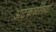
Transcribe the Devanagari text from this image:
अटकळीच्या